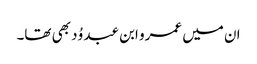
ان میں عمرو ابن عبد وُد بھی تھا۔